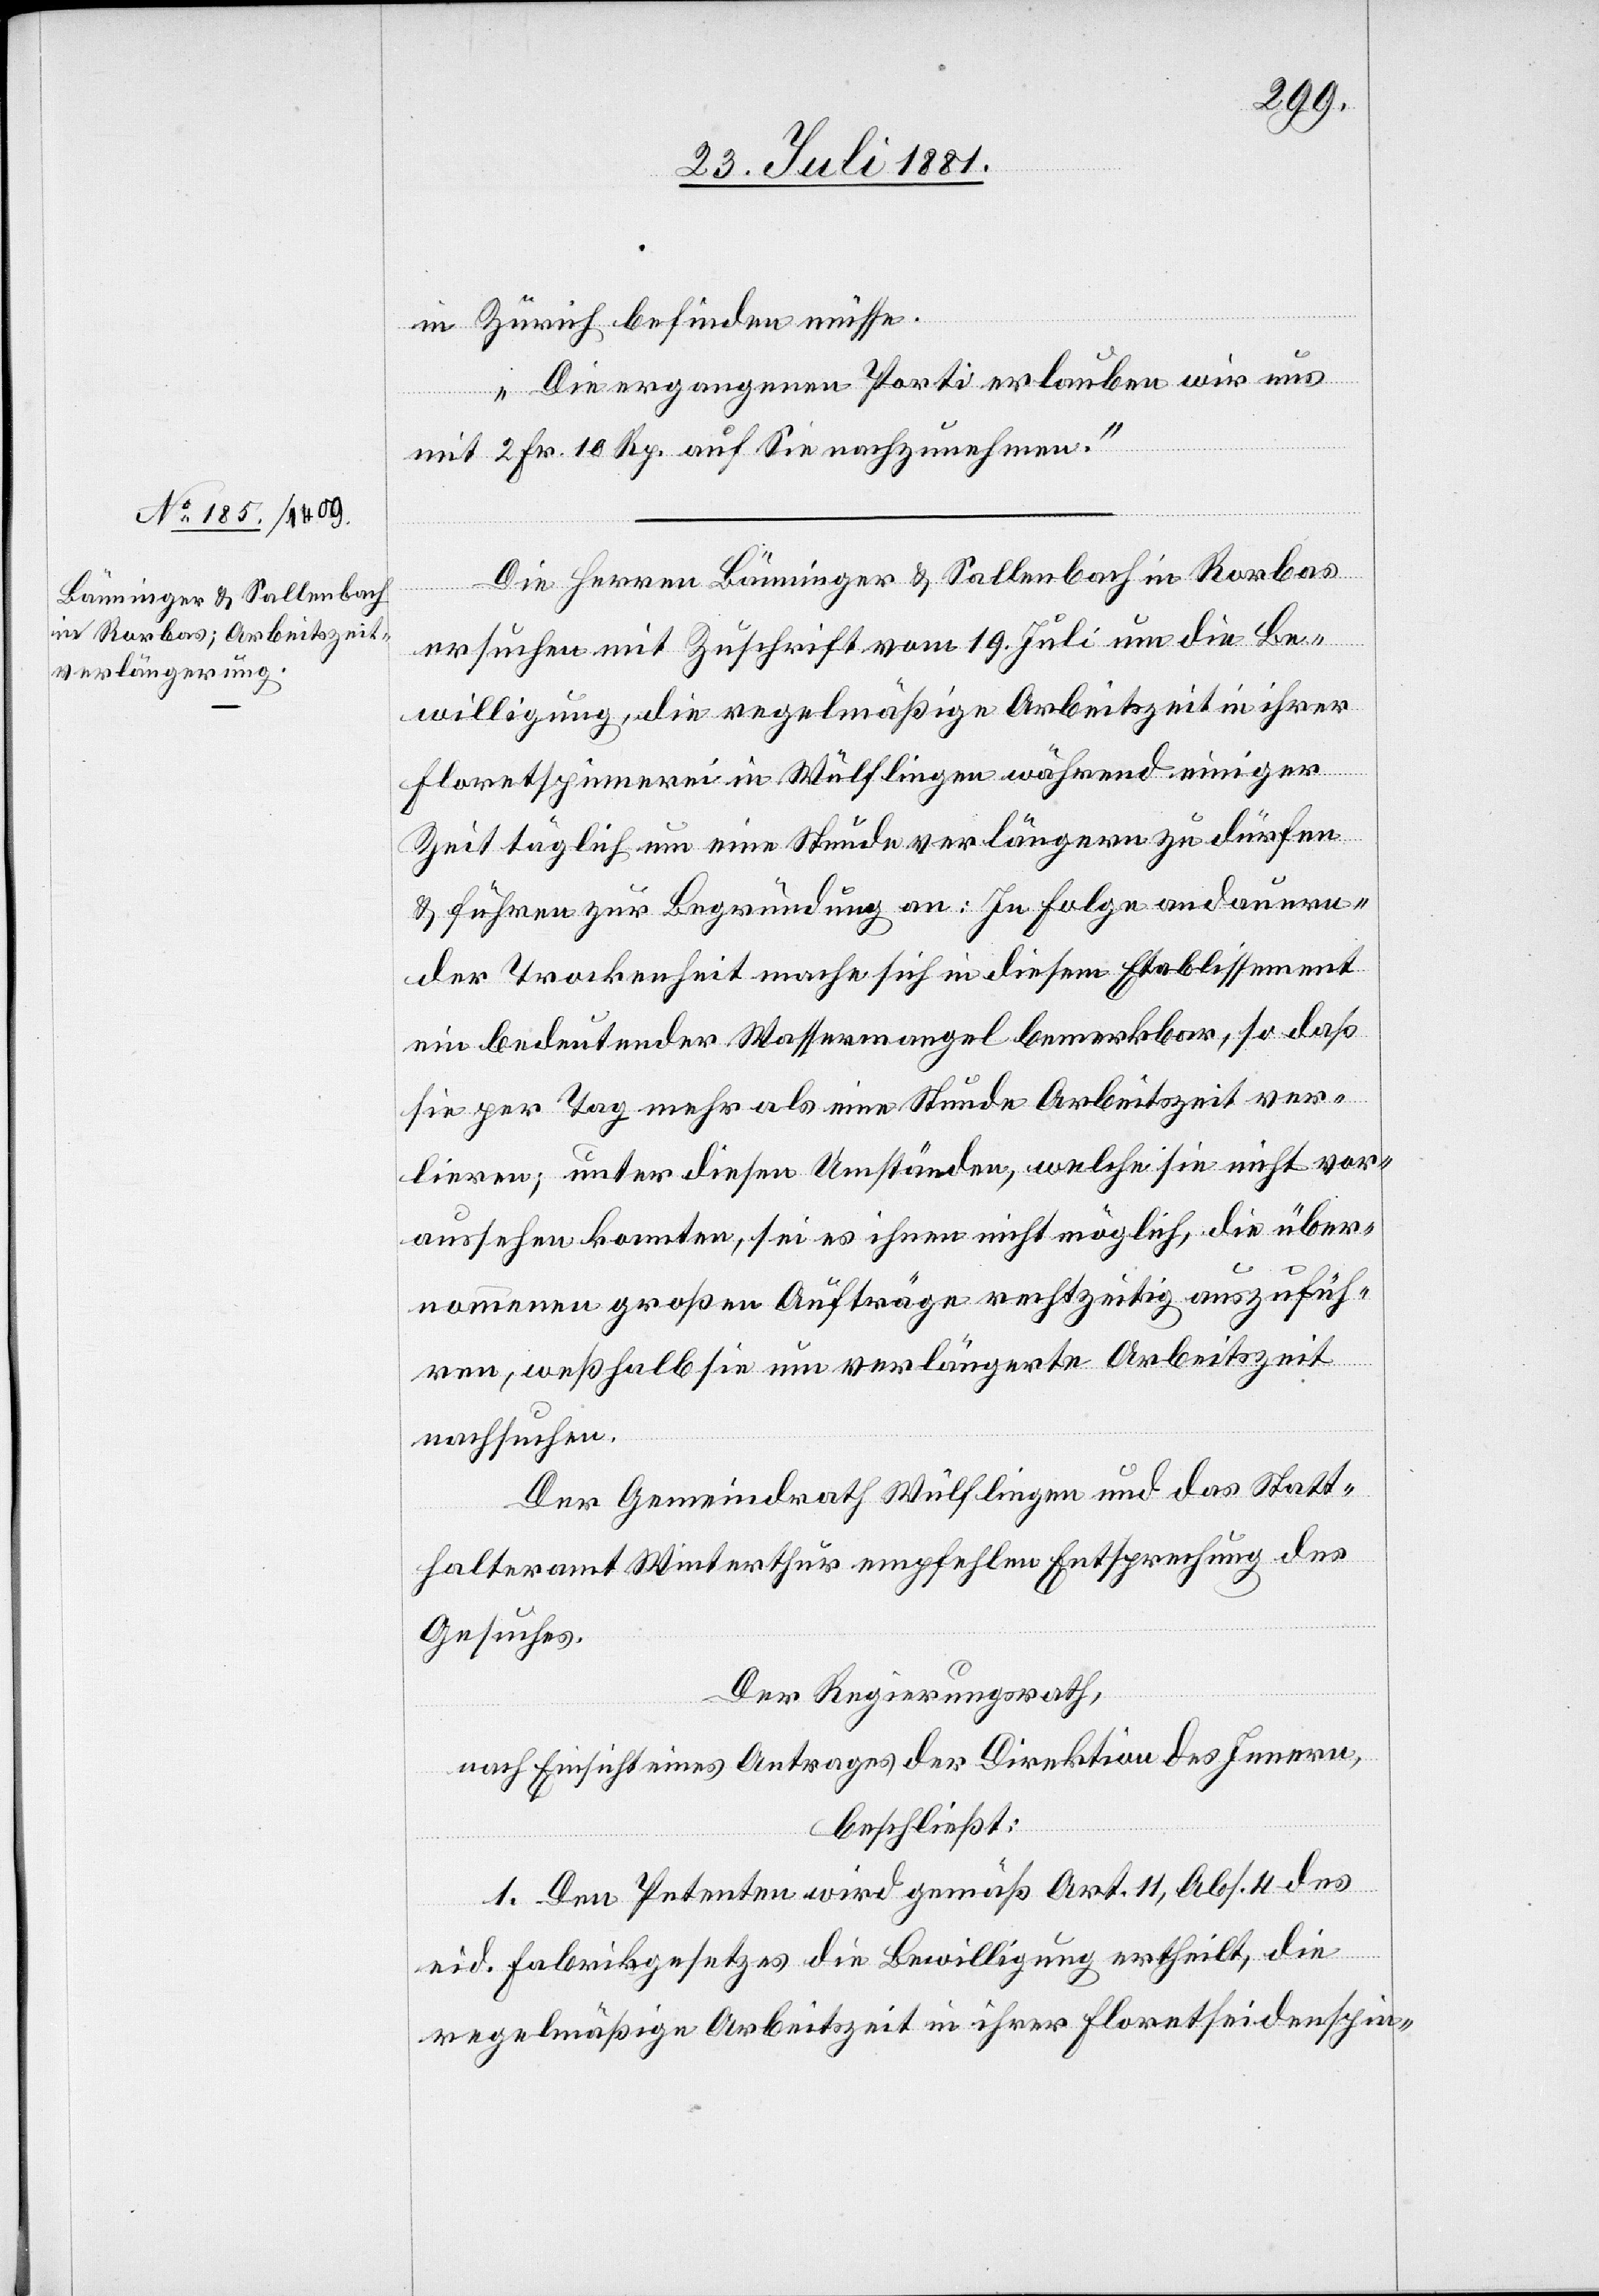
27. Juli 1881.]
in Zürich befinden müsse.
Die ergangenen Porti erlauben wir uns
mit 2 Fr. 10Rp. auf Sie nachzunehmen.“
Die Herren Bänninger & Sallenbach in Rorbas
ersuc¬
ersuchen mit Zuschrift vom 19 Juli um die Be¬
willigung, die regelmäßige Arbeitszeit in ihrer
Floretspinnerei in Wülflingen während einiger
Zeit täglich um eine Stunde verlängern zu dürfen
& führen zur Begründung an: In Folge andauern¬
der Trockenheit mache sich in diesem Etablissement
ein bedeutender Wassermangel bemerkbar, so daß
sie per Tag mehr als eine Stunde Arbeitszeit ver¬
ren, weßhalb sie um verlängerte Arbeitszeit
Der Gemeindrath Wülflingen und das Statt¬
halteramt Winterthur empfehlen Entsprechung des
Gesuches.
hen.
Der Regierungsrath,
nach Einsicht eines Antrages der Direktion des Innern,
beschließt:
1. Den Petenten wird gemäß Art. 11, Abs. 4 des
eid. Fabrikgesetzes die Bewilligung ertheilt, die
regelmäßige Arbeitszeit in ihrer Floretseidenspin-